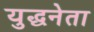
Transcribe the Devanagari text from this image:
युद्धनेता